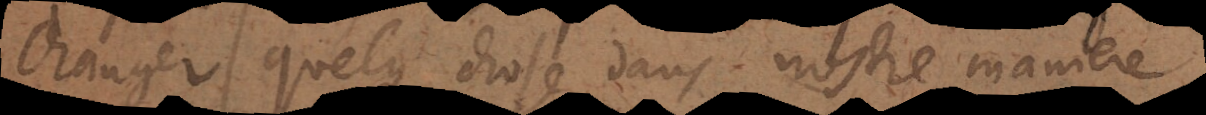
changer quelque chose dans nostre maniere